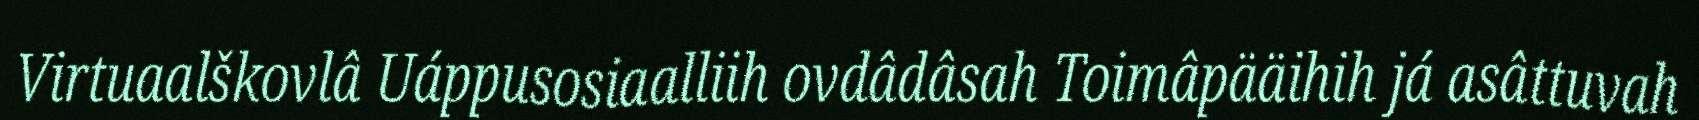
Virtuaalškovlâ Uáppusosiaalliih ovdâdâsah Toimâpääihih já asâttuvah